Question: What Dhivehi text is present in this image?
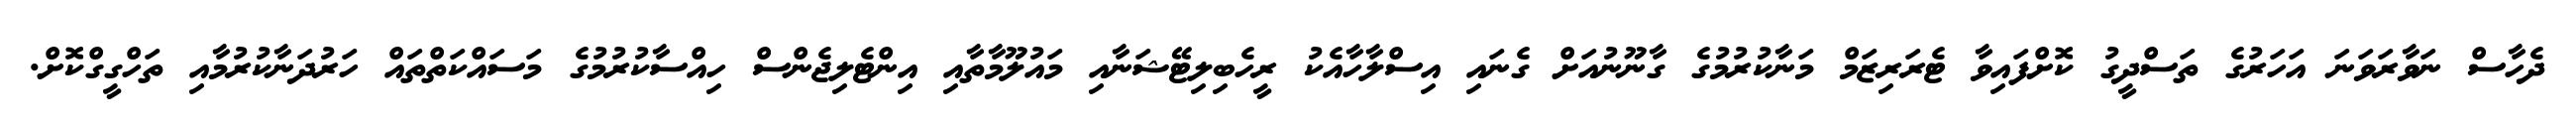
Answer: ދެހާސް ނަވާރަވަނަ އަހަރުގެ ތަސްދީގު ކޮށްފައިވާ ޓެރަރިޒަމް މަނާކުރުމުގެ ގާނޫނުއަށް ގެނައި އިސްލާހާއެކު ރީހެބިލިޓޭޝަނާއި މައުލޫމާތާއި އިންޓެލިޖެންސް ހިއްސާކުރުމުގެ މަސައްކަތްތައް ހަރުދަނާކުރުމާއި ތަހްގީގްކޮށް.